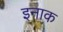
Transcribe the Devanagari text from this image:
इनाक